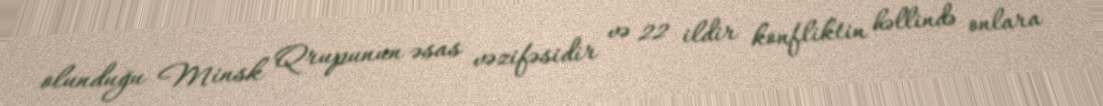
olunduğu Minsk Qrupunun əsas vəzifəsidir və 22 ildir konfliktin həllində onlara